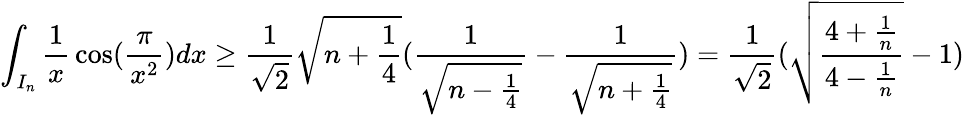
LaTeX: \int_{I_{n}}{\frac{1}{x}}\cos({\frac{\pi}{x^{2}}})dx\ge{\frac{1}{\sqrt{2}}}\sqrt{n+{\frac{1}{4}}}({\frac{1}{\sqrt{n-{\frac{1}{4}}}}}-{\frac{1}{\sqrt{n+{\frac{1}{4}}}}})={\frac{1}{\sqrt{2}}}(\sqrt{{\frac{4+{\frac{1}{n}}}{4-{\frac{1}{n}}}}}-1)